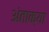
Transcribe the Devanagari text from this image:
अंताक्या